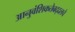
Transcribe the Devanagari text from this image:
आनुवंशिकतेबद्दलचे